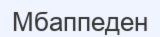
Мбаппеден